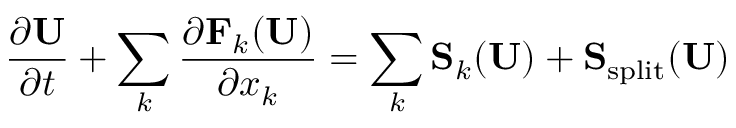
\frac { \partial \mathbf { U } } { \partial t } + \sum _ { k } \frac { \partial \mathbf { F } _ { k } ( \mathbf { U } ) } { \partial x _ { k } } = \sum _ { k } \mathbf { S } _ { k } ( \mathbf { U } ) + \mathbf { S } _ { \mathrm { s p l i t } } ( \mathbf { U } )